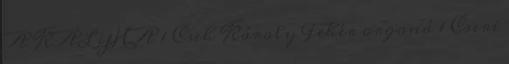
A KÁLYHA 1 Cseh Károly Fehér orgoná 1 Cseri